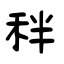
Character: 秚